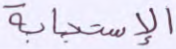
الاستجابة